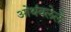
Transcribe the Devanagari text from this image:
ओथंबलेले